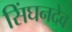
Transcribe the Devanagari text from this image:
सिंघनदेव